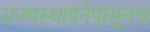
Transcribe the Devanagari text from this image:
राज्यस्थापनेपासूनच